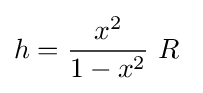
h={\frac {x^{2}}{1-x^{2}}}\ R\